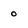
Character: o